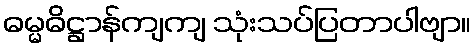
ဓမ္မဓိဋ္ဌာန်ကျကျ သုံးသပ်ပြတာပါဗျာ။